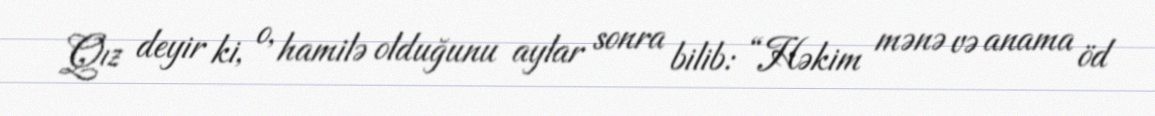
Qız deyir ki, o, hamilə olduğunu aylar sonra bilib: “Həkim mənə və anama öd